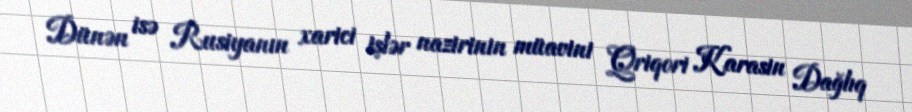
Dünən isə Rusiyanın xarici işlər nazirinin müavini Qriqori Karasin Dağlıq